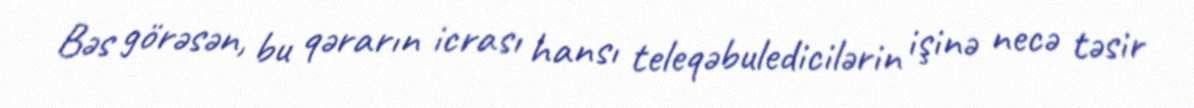
Bəs görəsən, bu qərarın icrası hansı teleqəbuledicilərin işinə necə təsir